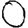
Digit: 0